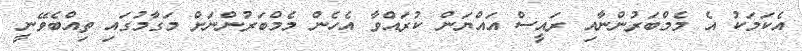
އެކަމަކު އެ މެމްބަރުންނާއި ރައީސް އައްޔަން ކުރައްވާ އެހެން މެމްބަރުންނަށް މަގާމުގައި ތިއްބެވޭނީ